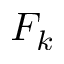
F _ { k }